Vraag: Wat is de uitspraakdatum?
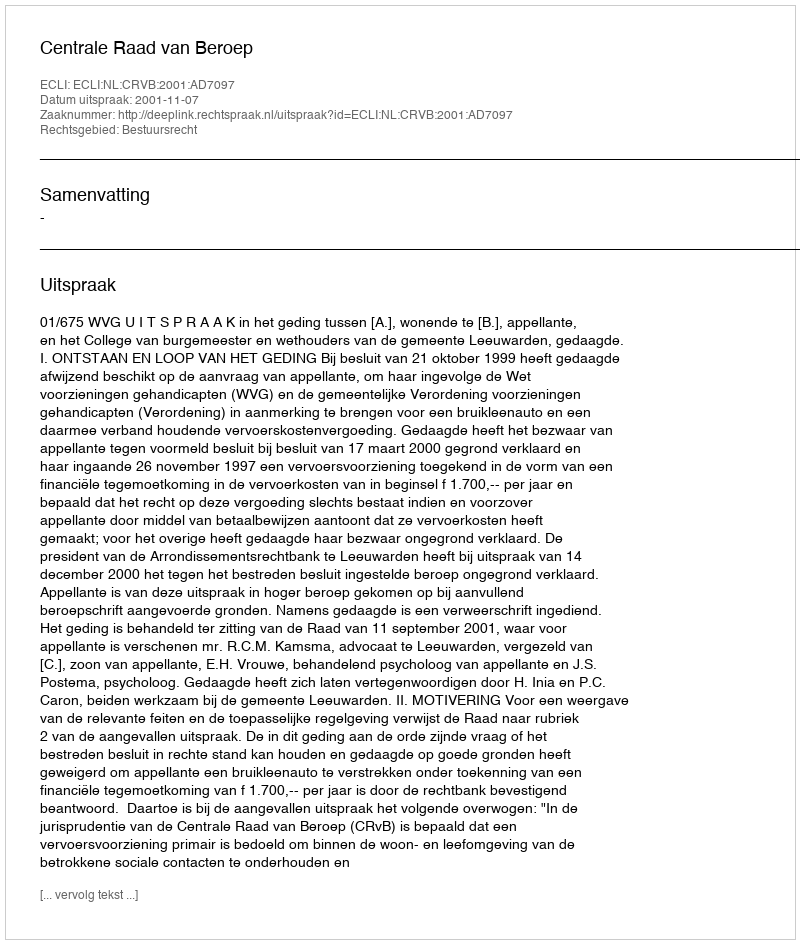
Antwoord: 2001-11-07